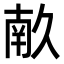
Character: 𭅥